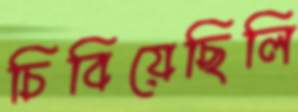
চিবিয়েছিলি